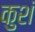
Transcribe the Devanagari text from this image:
कुशं